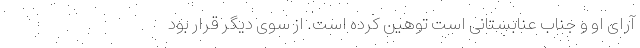
آرای او و جناب عنابستانی است توهین کرده است. از سوی دیگر قرار بود